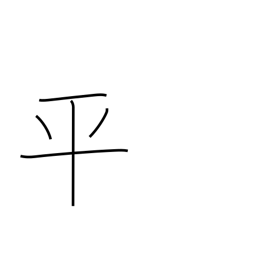
Meaning: even